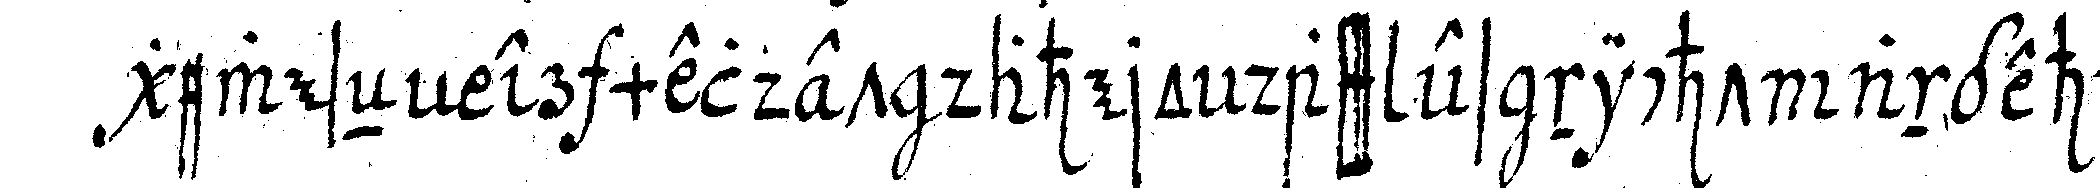
geweseN er meldet dahero dass es nicht angehe